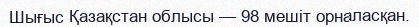
Шығыс Қазақстан облысы — 98 мешіт орналасқан.